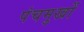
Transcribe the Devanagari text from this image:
पंचमुखों